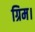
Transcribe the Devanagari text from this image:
ग्रिम।